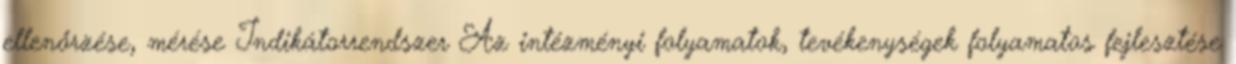
ellenőrzése, mérése Indikátorrendszer Az intézményi folyamatok, tevékenységek folyamatos fejlesztése